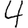
Digit: 4